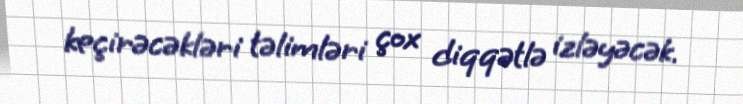
keçirəcəkləri təlimləri çox diqqətlə izləyəcək.